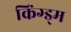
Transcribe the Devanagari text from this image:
किंग्ड्म